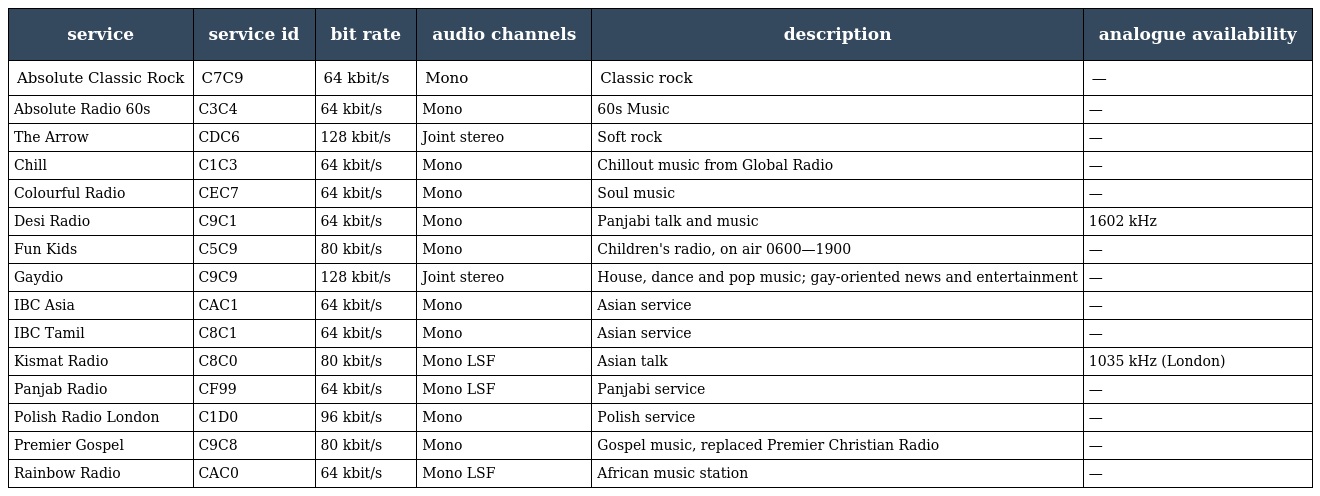
| service | service id | bit rate | audio channels | description | analogue availability |
 | --- | --- | --- | --- | --- | --- |
 | Absolute Classic Rock | C7C9 | 64 kbit/s | Mono | Classic rock | — |
 | Absolute Radio 60s | C3C4 | 64 kbit/s | Mono | 60s Music | — |
 | The Arrow | CDC6 | 128 kbit/s | Joint stereo | Soft rock | — |
 | Chill | C1C3 | 64 kbit/s | Mono | Chillout music from Global Radio | — |
 | Colourful Radio | CEC7 | 64 kbit/s | Mono | Soul music | — |
 | Desi Radio | C9C1 | 64 kbit/s | Mono | Panjabi talk and music | 1602 kHz |
 | Fun Kids | C5C9 | 80 kbit/s | Mono | Children's radio, on air 0600—1900 | — |
 | Gaydio | C9C9 | 128 kbit/s | Joint stereo | House, dance and pop music; gay-oriented news and entertainment | — |
 | IBC Asia | CAC1 | 64 kbit/s | Mono | Asian service | — |
 | IBC Tamil | C8C1 | 64 kbit/s | Mono | Asian service | — |
 | Kismat Radio | C8C0 | 80 kbit/s | Mono LSF | Asian talk | 1035 kHz (London) |
 | Panjab Radio | CF99 | 64 kbit/s | Mono LSF | Panjabi service | — |
 | Polish Radio London | C1D0 | 96 kbit/s | Mono | Polish service | — |
 | Premier Gospel | C9C8 | 80 kbit/s | Mono | Gospel music, replaced Premier Christian Radio | — |
 | Rainbow Radio | CAC0 | 64 kbit/s | Mono LSF | African music station | — |